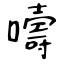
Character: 嚋